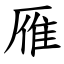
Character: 雁